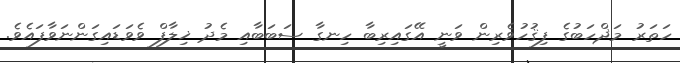
ހަތަރު މަޛްހަބުގެ ފިޤުހުވެރިން ވަނީ އޭގައިރިބާ ހިނގާ ސަބަބާއި މެދު ޚިލާފް ވެވަޑައިގަންނަވާފައެވެ.